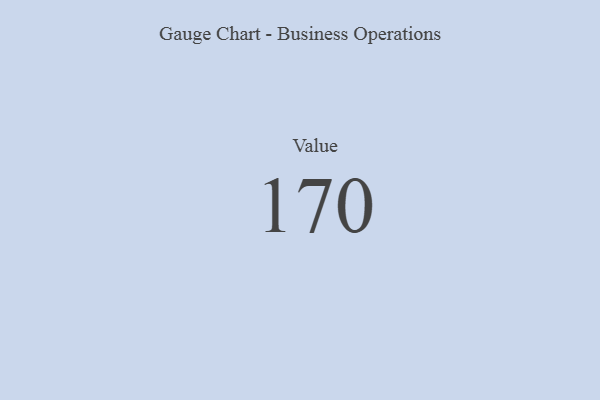
{"axis": {"x": "Metric", "y": "Value"}, "legend": [""], "data": [{"x": "Value", "y": 170, "type": ""}]}